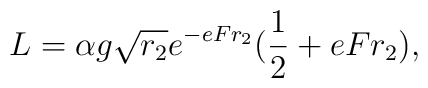
L=\alpha g\sqrt{r_2}e^{-eFr_2}({1\over 2}+eFr_2),